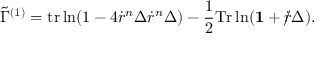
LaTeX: \tilde { \Gamma } ^ { ( 1 ) } = \mathrm { t r } \ln ( 1 - 4 \dot { r } ^ { n } \Delta \dot { r } ^ { n } \Delta ) - \frac { 1 } { 2 } \mathrm { T r } \ln ( { \bf 1 } + \dot { r } \! \! \! / \Delta ) .